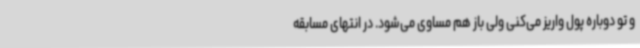
و تو دوباره پول واریز می‌کنی ولی باز هم مساوی می‌شود. در انتهای مسابقه